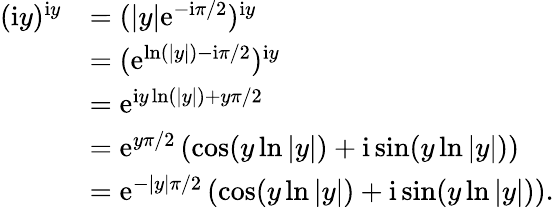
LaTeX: \begin{array}{rl}{(\mathrm{i}y)^{\mathrm{i}y}}&{=(|y|\mathrm{e}^{-\mathrm{i}\pi/2})^{\mathrm{i}y}}\\ &{=(\mathrm{e}^{\ln(|y|)-\mathrm{i}\pi/2})^{\mathrm{i}y}}\\ &{=\mathrm{e}^{\mathrm{i}y\ln(|y|)+y\pi/2}}\\ &{=\mathrm{e}^{y\pi/2}\left(\cos(y\ln|y|)+\mathrm{i}\sin(y\ln|y|)\right)}\\ &{=\mathrm{e}^{-|y|\pi/2}\left(\cos(y\ln|y|)+\mathrm{i}\sin(y\ln|y|)\right)\mathrm{.}}\end{array}